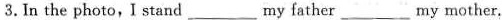
3.In the photo,I stand ___ my father ___ my mother,